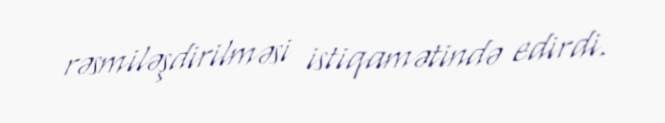
rəsmiləşdirilməsi istiqamətində edirdi.